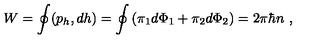
W = \oint ( p _ { h } , d h ) = \oint \left( \pi _ { 1 } d \Phi _ { 1 } + \pi _ { 2 } d \Phi _ { 2 } \right) = 2 \pi \hbar n \ ,